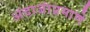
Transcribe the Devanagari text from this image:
अंदाजांप्रमाणे